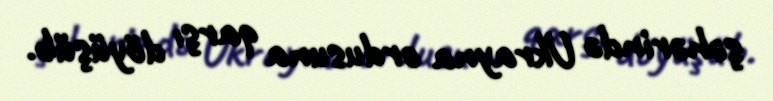
şəhərində Ukrayna ordusuna qarşı döyüşüb.